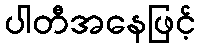
ပါတီအနေဖြင့်